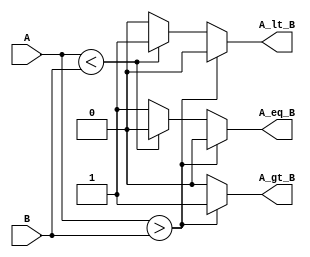
module parameterized_comparator #(
    parameter N = 8  // Default bit-width of 8
)(
    input  wire [N-1:0] A,   // Input A
    input  wire [N-1:0] B,   // Input B
    output reg  A_gt_B,      // Output: A > B
    output reg  A_lt_B,      // Output: A < B
    output reg  A_eq_B       // Output: A == B
);

    // Always block to perform the comparison
    always @(*) begin
        // Initialize outputs to low
        A_gt_B = 0;
        A_lt_B = 0;
        A_eq_B = 0;

        // Perform the comparisons
        if (A > B) begin
            A_gt_B = 1;      // A is greater than B
        end else if (A < B) begin
            A_lt_B = 1;      // A is less than B
        end else begin
            A_eq_B = 1;      // A is equal to B
        end
    end

endmodule